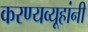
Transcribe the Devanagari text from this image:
करण्यव्यूहांनी